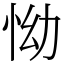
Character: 怮